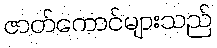
ဇာတ်ကောင်များသည်